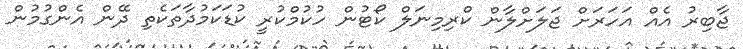
ޖާބިރު އެއް އަހަރަށް ޖަލަށްލާން ކްރިމިނަލް ކޯޓުން ހުކުމްކުރީ ކުޑަކަމުދާތަކެތި ދޭން އެންގުމުން